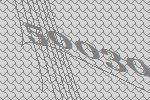
50030